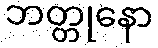
ဘတ္တုနော